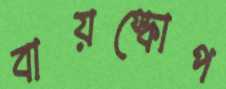
বায়স্কোপ